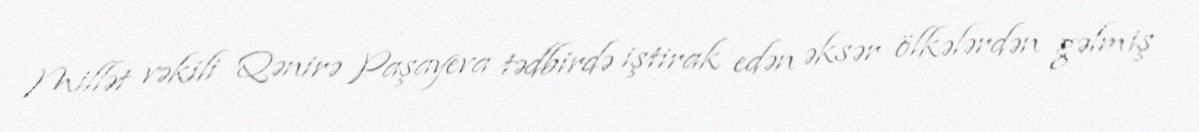
Millət vəkili Qənirə Paşayeva tədbirdə iştirak edən əksər ölkələrdən gəlmiş